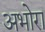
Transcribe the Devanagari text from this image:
अभोरा